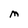
Character: M